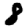
Digit: 8